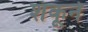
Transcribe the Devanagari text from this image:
शंकूने